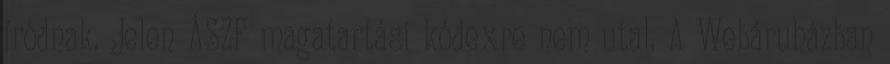
íródnak. Jelen ÁSZF magatartási kódexre nem utal. A Webáruházban